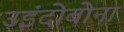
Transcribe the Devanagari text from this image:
उइंदोबोना